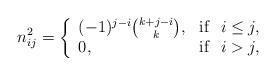
LaTeX: \begin{align*}n_{ij}^{2}=\left \{ \begin{array}{lr}(-1)^{j-i} {{k+j-i}\choose {k}}, & {\rm if}~~ i \leq j, \\ 0, & {\rm if}~~ i>j,\end{array} \right.\end{align*}